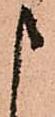
申